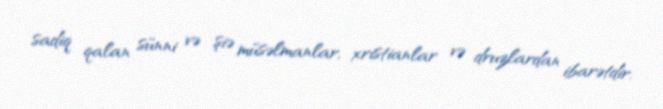
sadiq qalan sünni və şiə müsəlmanlar, xristianlar və druzlardan ibarətdir.